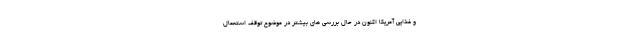
و غذایی آمریکا اکنون در حال بررسی های بیشتر در موضوع توقف استعمال